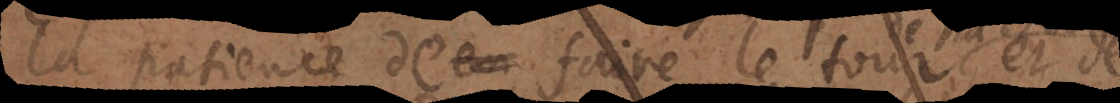
la patience de faire la tour de